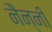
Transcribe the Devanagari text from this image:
नैन्नी